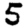
Digit: 5